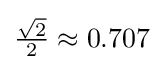
{\tfrac {\sqrt {2}}{2}}\approx 0.707